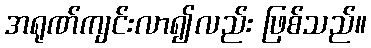
အရုဏ်ကျင်းလာ၍လည်း ဖြစ်သည်။